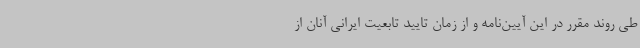
طی روند مقرر در این آیین‌نامه و از زمان تایید تابعیت ایرانی آنان از